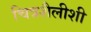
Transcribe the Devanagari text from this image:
चित्रशैलीशी